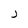
Character: J